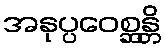
အနုပ္ပဝေစ္ဆန္တိ